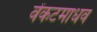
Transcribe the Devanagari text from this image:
वेंकटमाधव